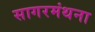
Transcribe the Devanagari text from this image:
सागरमंथना